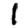
Digit: 1